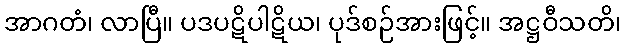
အာဂတံ၊ လာပြီ။ ပဒပဋိပါဋိယ၊ ပုဒ်စဉ်အားဖြင့်။ အဋ္ဌဝီသတိ၊